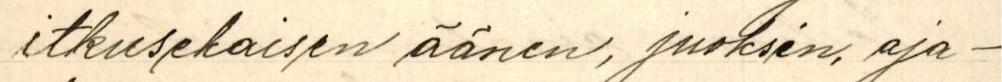
itkusekaisen äänen, juoksin aja-